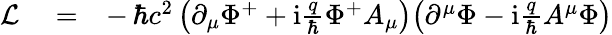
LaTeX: \begin{array}{rlr}{\mathcal{L}}&{{}=}&{-\, \hbar c^{2}\left(\partial_{\mu}\Phi^{+}+\mathrm{i}\frac{q}{\hbar}\Phi^{+}A_{\mu}\right)\! \left(\partial^{\mu}\Phi-\mathrm{i}\frac{q}{\hbar}A^{\mu}\Phi\right)}\end{array}